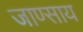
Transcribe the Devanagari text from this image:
जाण्साय